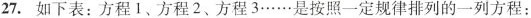
27. 如下表：方程1、方程2、方程3……是按照一定规律排列的一列方程：